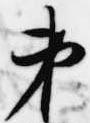
第